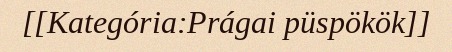
[[Kategória:Prágai püspökök]]